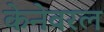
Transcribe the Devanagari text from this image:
केनेवरल